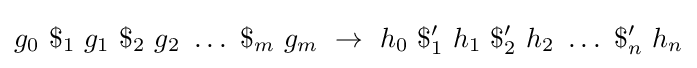
g_{0}\ \$_{1}\ g_{1}\ \$_{2}\ g_{2}\ \dots \ \$_{m}\ g_{m}\ \rightarrow \ h_{0}\ \$'_{1}\ h_{1}\ \$'_{2}\ h_{2}\ \dots \ \$'_{n}\ h_{n}